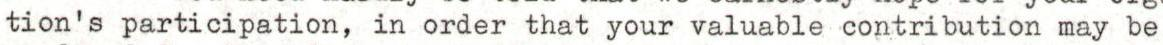
tion's participation, in order that your valuable contribution may be